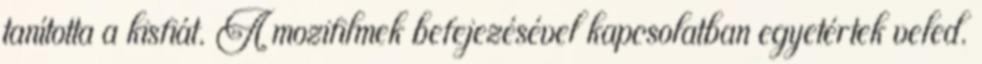
tanította a kisfiát. A mozifilmek befejezésével kapcsolatban egyetértek veled.